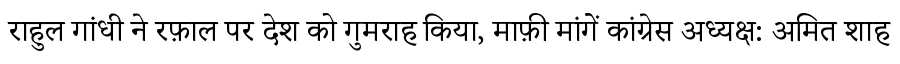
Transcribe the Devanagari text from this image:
राहुल गांधी ने रफ़ाल पर देश को गुमराह किया, माफ़ी मांगें कांग्रेस अध्यक्ष: अमित शाह